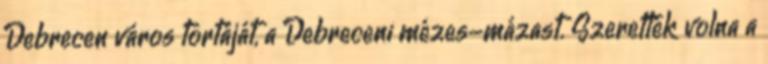
Debrecen város tortáját, a Debreceni mézes-mázast. Szerették volna a